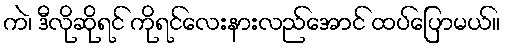
ကဲ၊ ဒီလိုဆိုရင် ကိုရင်လေးနားလည်အောင် ထပ်ပြောမယ်။